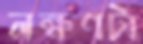
লক্ষণটা